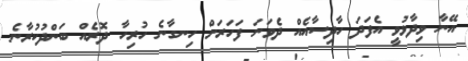
އޭނާ ވިދާޅުވީ އެފަދަ ހާދިސާއެއް ދެވަނަ ފަހަރަށް ހިނގާނެ ހުރިހާ ދޮރެއް ބަންދުކުރާނެ